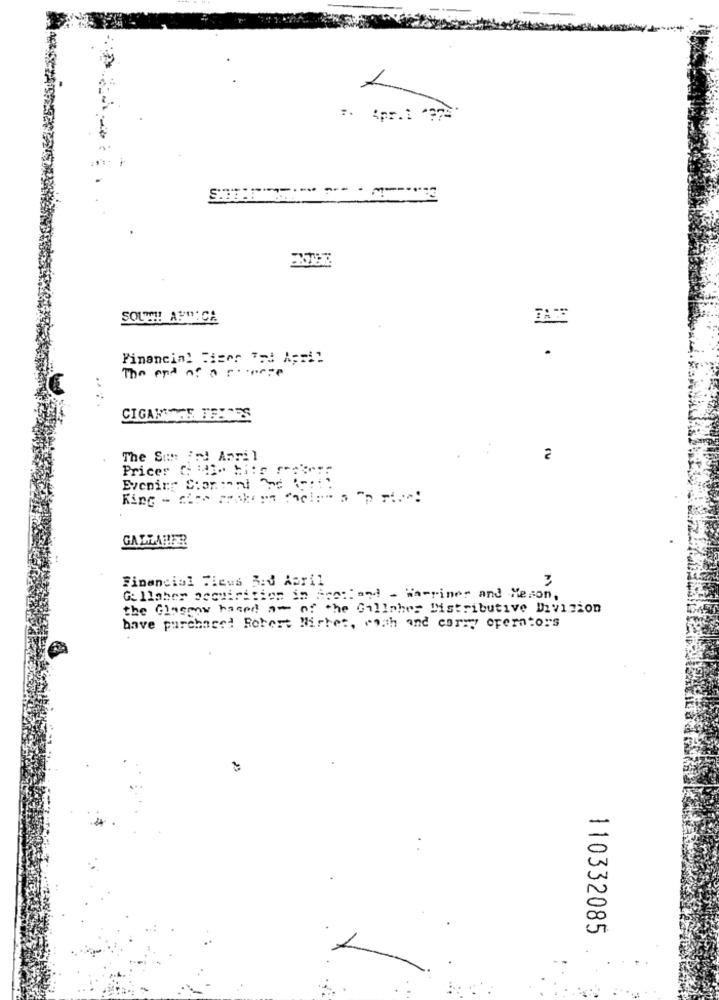
:. Apr.1 "77="
SOUTH AFRICA
.
Financial Tiger 'rd April
The end of a forte
....
CIGAMMAS TEHORS
The San Ir! April
Pricer C :1- Hits
GALLAHER
Financial Tieus 3:0 April
3
Galloher acquisition in feet and - Warriner and Meson,
the Glasmy based a- of the Gallaher Distributive Divizion
have purchased Robert Wirhet, wo.th and carryy operators
110332085